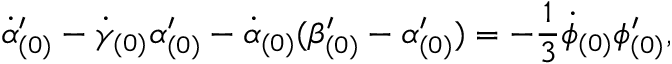
\dot { \alpha } _ { ( 0 ) } ^ { \prime } - \dot { \gamma } _ { ( 0 ) } \alpha _ { ( 0 ) } ^ { \prime } - \dot { \alpha } _ { ( 0 ) } ( \beta _ { ( 0 ) } ^ { \prime } - \alpha _ { ( 0 ) } ^ { \prime } ) = - \frac { 1 } { 3 } \dot { \phi } _ { ( 0 ) } \phi _ { ( 0 ) } ^ { \prime } ,